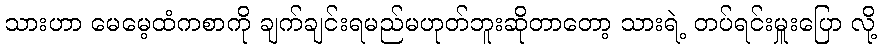
သားဟာ မေမေ့ထံကစာကို ချက်ချင်းရမည်မဟုတ်ဘူးဆိုတာတော့ သားရဲ့ တပ်ရင်းမှူးပြော လို့